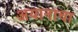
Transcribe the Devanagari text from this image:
अयानाचा